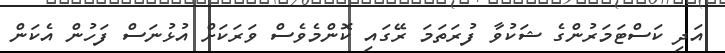
އަދި ކަސްޓަމަރުންގެ ޝަކުވާ ފުރަތަމަ ރޭގައި ކޮންމެވެސް ވަރަކަށް އުޅުނަސް ފަހުން އެކަން